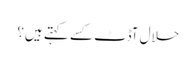
حلال آڈٹ کسے کہتے ہیں؟